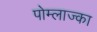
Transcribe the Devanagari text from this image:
पोम्लाज्का